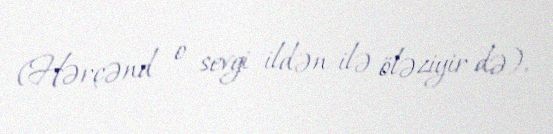
(Hərçənd o sevgi ildən-ilə öləziyir də).